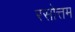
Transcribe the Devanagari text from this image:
रसोत्तम